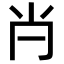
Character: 𡭙